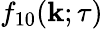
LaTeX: f_{10}({\mathbf{k}};\tau)